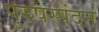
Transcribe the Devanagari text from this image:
पुरुषस्पंदनं